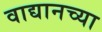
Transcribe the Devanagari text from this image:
वाद्यानच्या